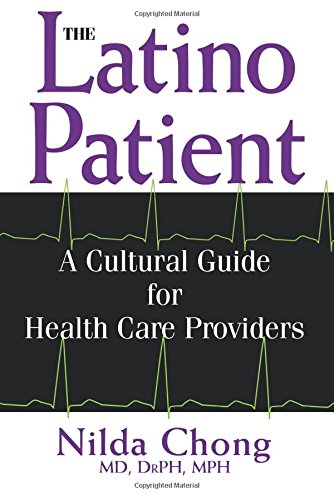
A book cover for The Latino Patient: A Cultural Guide for Health Care Providers; Nilda Chong; Medical Books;